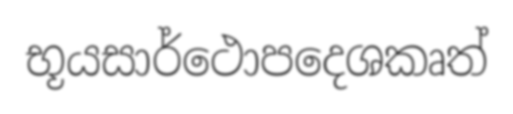
භූයසාර්ථොපදෙශකෘත්